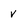
Character: V